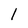
Character: l